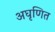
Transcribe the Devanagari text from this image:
अघृणित